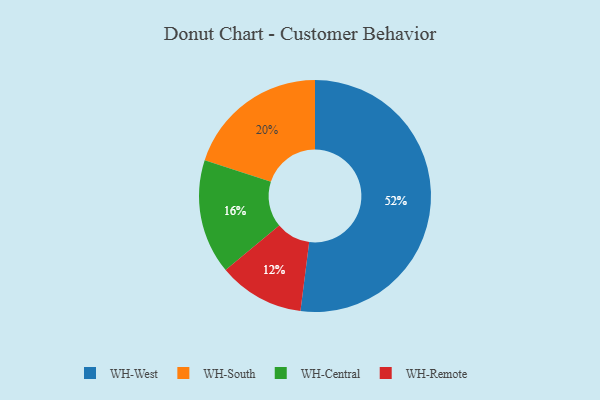
{"axis": {"x": "Category", "y": "Percentage"}, "legend": ["WH-Central", "WH-Remote", "WH-South", "WH-West"], "data": [{"x": "WH-Central", "y": 16, "type": "WH-Central"}, {"x": "WH-Remote", "y": 12, "type": "WH-Remote"}, {"x": "WH-West", "y": 52, "type": "WH-West"}, {"x": "WH-South", "y": 20, "type": "WH-South"}]}